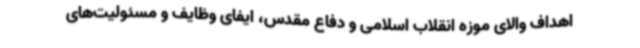
اهداف والای موزه انقلاب اسلامی و دفاع مقدس، ایفای وظایف و مسئولیت‌های